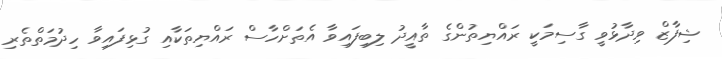
ޝިފާޒް ވިދާޅުވީ ގާސިމަކީ ރައްޔިތުންގެ ތާއީދު ލިބިފައިވާ އެތަށްހާސް ރައްޔިތަކާއި ގުޅިފައިވާ ހިދުމަތްތެރި